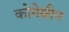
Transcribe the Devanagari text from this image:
कोनेसीन